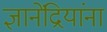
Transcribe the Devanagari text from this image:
ज्ञानेंद्रियांना